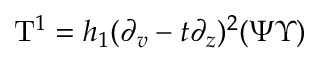
\mathrm { T } ^ { 1 } = h _ { 1 } ( \partial _ { v } - t \partial _ { z } ) ^ { 2 } ( \Psi \Upsilon )